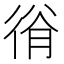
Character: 𢔍